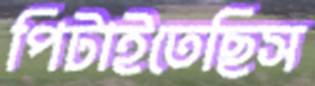
পিটাইতেছিস